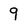
Character: 9